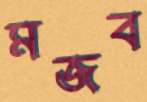
মজব